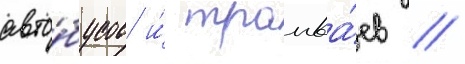
авто́бусов и́ трамва́ев /